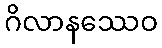
ဂိလာနဿေဝ